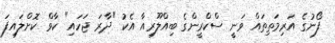
ފޯނުގެ އަރިމަތިތައް ވަނީ ސްކްރީންގެ ބިއްލޫރިއާ އެކު "ދާރަ ޖަހައި" ކާވް ކޮށްލައިފަ